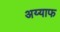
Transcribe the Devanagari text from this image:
अय्याफ